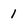
Character: 1